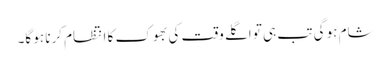
شام ہو گی تب ہی تو اگلے وقت کی بھوک کا انتظام کرنا ہو گا۔